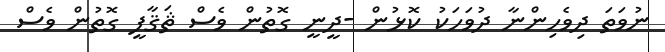
ނުވަތަ ދިވެހިންނާ ދުވަހަކު ކޮޅުން -ދީނީ ގޮތުން ވެސް ޘަޤާފީ ގޮތުން ވެސް